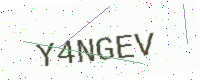
Text: Y4NGEV